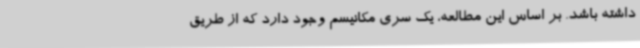
داشته باشد. بر اساس این مطالعه، یک سری مکانیسم وجود دارد که از طریق